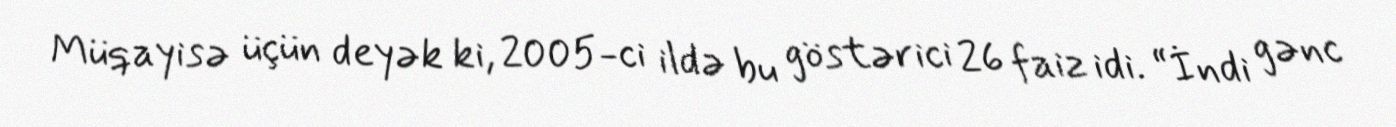
Müqayisə üçün deyək ki, 2005-ci ildə bu göstərici 26 faiz idi. “İndi gənc